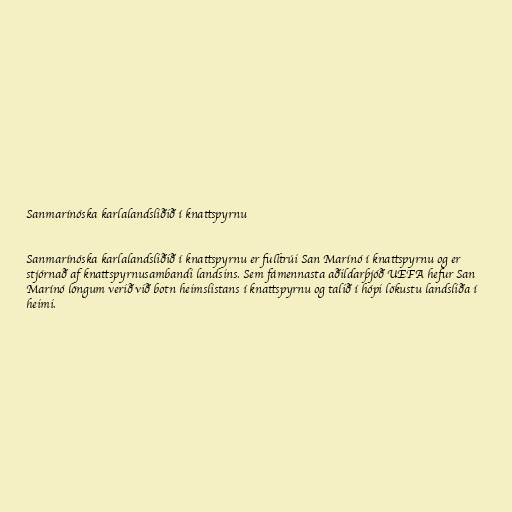
Sanmarínóska karlalandsliðið í knattspyrnu

Sanmarínóska karlalandsliðið í knattspyrnu er fulltrúi San Marínó í knattspyrnu og er
stjórnað af knattspyrnusambandi landsins. Sem fámennasta aðildarþjóð UEFA hefur San
Marínó löngum verið við botn heimslistans í knattspyrnu og talið í hópi lökustu landsliða í
heimi.